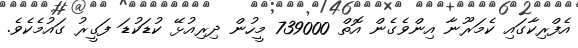
އެފްރިކާގައި ކެމަރޫނާ އިންވެގެން އޮތް 739000 މީހުން ދިރިއުޅޭ ކުޑަކުޑަ ފަގީރު ގައުމެކެވެ.